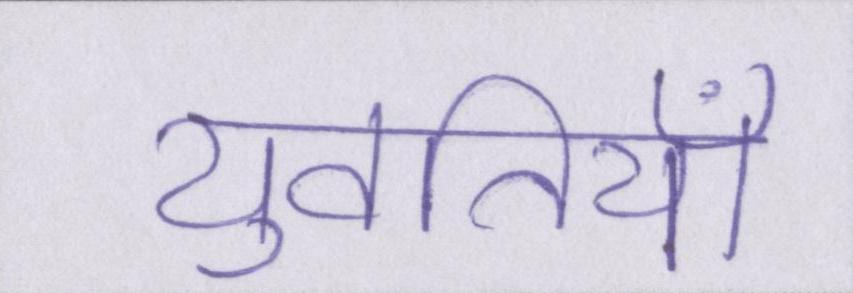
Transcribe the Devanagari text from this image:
युवतियाँ